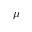
\mu